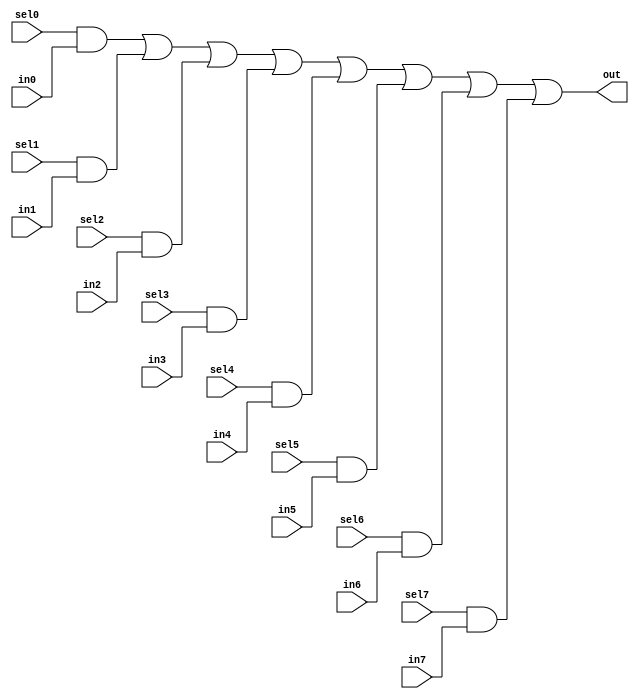
//#############################################################################
//# Function: 8-Input one-hot vectorized mux                                  #
//# Copyright: Lambda Project Authors. All rights Reserved.                   #
//# License:  MIT (see LICENSE file in Lambda repository)                     #
//#############################################################################

module la_vmux8 #(
    parameter N    = 1,         // width of mux
    parameter PROP = "DEFAULT"  // cell property
) (
    input          sel7,
    input          sel6,
    input          sel5,
    input          sel4,
    input          sel3,
    input          sel2,
    input          sel1,
    input          sel0,
    input  [N-1:0] in7,
    input  [N-1:0] in6,
    input  [N-1:0] in5,
    input  [N-1:0] in4,
    input  [N-1:0] in3,
    input  [N-1:0] in2,
    input  [N-1:0] in1,
    input  [N-1:0] in0,
    output [N-1:0] out
);

    assign out[N-1:0] = ({(N){sel0}} & in0[N-1:0] |
            {(N){sel1}} & in1[N-1:0] |
            {(N){sel2}} & in2[N-1:0] |
            {(N){sel3}} & in3[N-1:0] |
            {(N){sel4}} & in4[N-1:0] |
            {(N){sel5}} & in5[N-1:0] |
            {(N){sel6}} & in6[N-1:0] |
            {(N){sel7}} & in7[N-1:0]);

endmodule